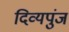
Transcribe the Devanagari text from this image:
दिव्यपुंज